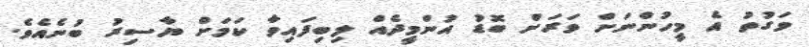
ވަގުތު އެ މީހުންނަށް ވަރަށް ބޮޑު އުންމީދެއް ލިބިފައިވާ ކަމަށް ޔާސިރު ބުނެއެވެ.